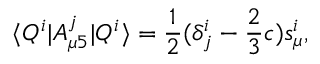
\langle Q ^ { i } | A _ { \mu 5 } ^ { j } | Q ^ { i } \rangle = \frac { 1 } { 2 } ( \delta _ { j } ^ { i } - \frac { 2 } { 3 } c ) s _ { \mu } ^ { i } ,